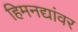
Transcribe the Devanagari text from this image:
हिमनद्यांवर